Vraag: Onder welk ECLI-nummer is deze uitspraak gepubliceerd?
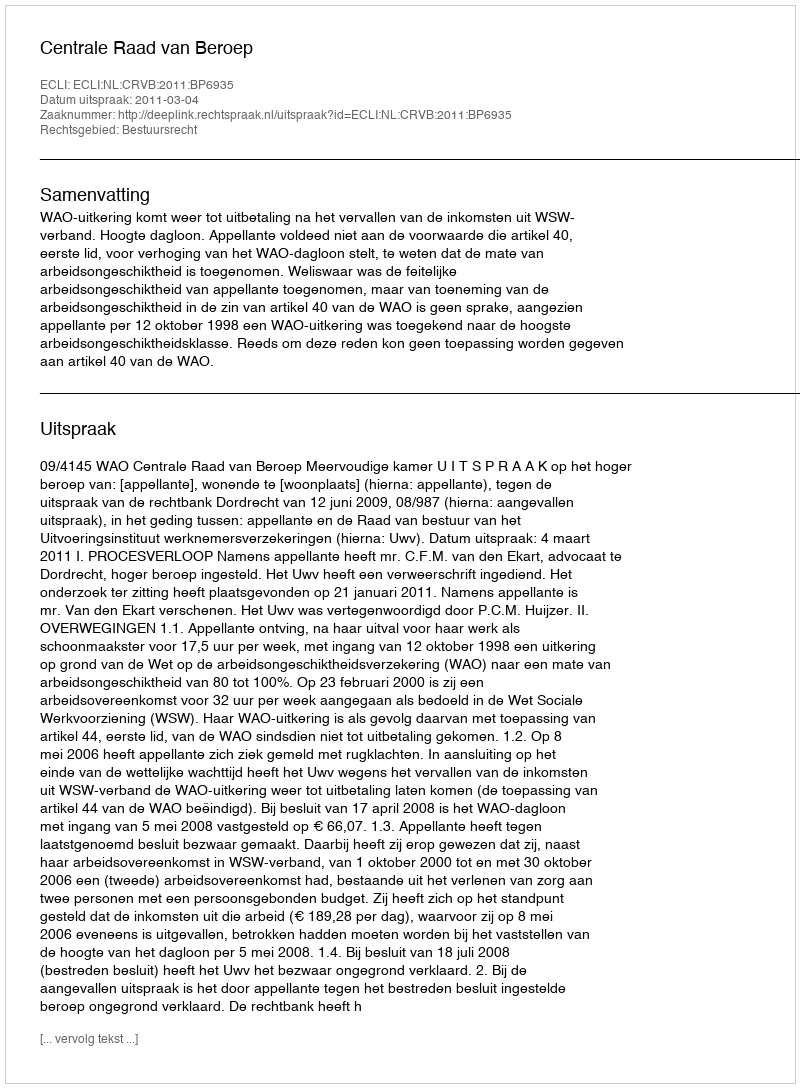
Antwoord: ECLI:NL:CRVB:2011:BP6935